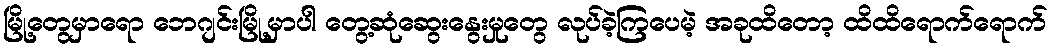
မြို့တွေမှာရော ဘေဂျင်းမြို့မှာပါ တွေ့ဆုံဆွေးနွေးမှုတွေ လုပ်ခဲ့ကြပေမဲ့ အခုထိတော့ ထိထိရောက်ရောက်